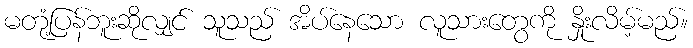
မတုံ့ပြန်ဘူးဆိုလျှင် သူသည် အိပ်နေသော လူသားတွေကို နှိုးလိမ့်မည်။